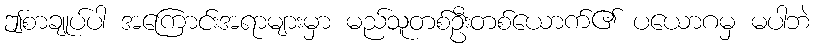
ဤစာချုပ်ပါ အကြောင်းအရာများမှာ မည်သူတစ်ဦးတစ်ယောက်၏ ပယောဂမှ မပါဘဲ